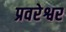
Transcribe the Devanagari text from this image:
प्रवरेश्वर